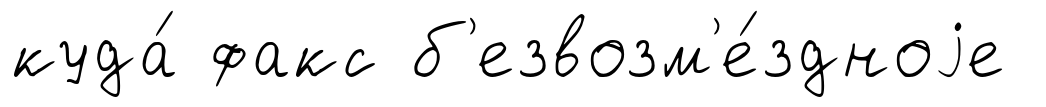
куда́ факс б'езвозм'е́здноjе